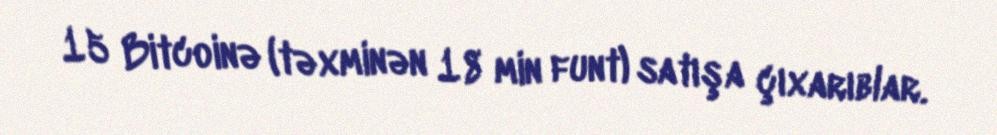
15 Bitcoinə (təxminən 18 min funt) satışa çıxarıblar.